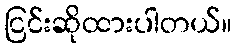
ငြင်းဆိုထားပါတယ်။